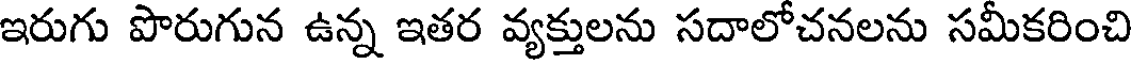
ఇరుగు పొరుగున ఉన్న ఇతర వ్యక్తులను సదాలోచనలను సమీకరించి